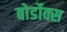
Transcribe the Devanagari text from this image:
बोर्डोक्स